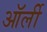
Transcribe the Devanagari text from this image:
ऑर्ली